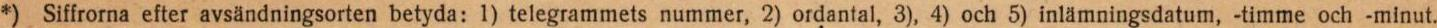
*) Siffrorna efter avsändningsorten betyda: 1) telegrammets nummer, 2) ordantal, 3), 4) och 5) inlämningsdatum, -timme och -minut.